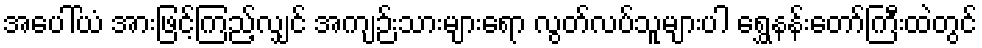
အပေါ်ယံ အားဖြင့်ကြည့်လျှင် အကျဉ်းသားများရော လွတ်လပ်သူများပါ ရွှေနန်းတော်ကြီးထဲတွင်